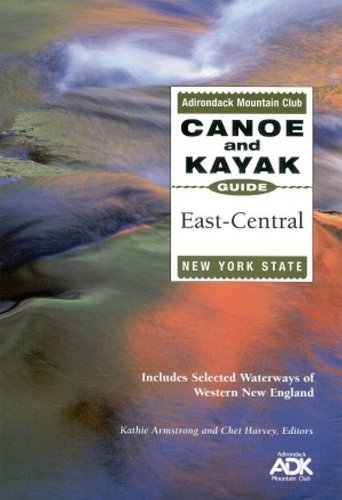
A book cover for The Adirondack Mountain Club Canoe and Kayak Guide: East-Central New York State; Kathie Armstrong; Travel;